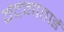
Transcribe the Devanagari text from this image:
वंदनाताई